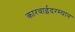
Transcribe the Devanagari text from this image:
कारवाईदरम्यान